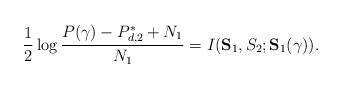
LaTeX: \begin{align*}\frac{1}{2}\log\frac{P(\gamma)-P^*_{d,2}+N_1}{N_1}=I(\mathbf{S}_1,S_2;\mathbf{S}_1(\gamma)).\end{align*}